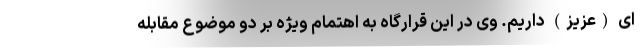
ای (عزیز) داریم. وی در این قرارگاه به اهتمام ویژه بر دو موضوع مقابله